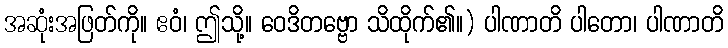
အဆုံးအဖြတ်ကို။ ဧဝံ၊ ဤသို့။ ဝေဒိတဗ္ဗော သိထိုက်၏။) ပါဏာတိ ပါတော၊ ပါဏာတိ